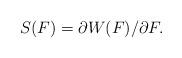
LaTeX: \begin{align*}S(F)=\partial W(F)/\partial F.\end{align*}